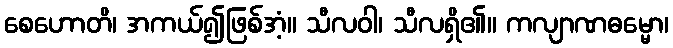
စေဟောတိ၊ အကယ်၍ဖြစ်အံ့။ သီလဝါ၊ သီလရှိ၏။ ကလျာဏဓမ္မော၊